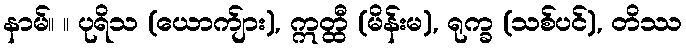
နာမ်။ ။ ပုရိသ (ယောက်ျား), ဣတ္ထီ (မိန်းမ), ရုက္ခ (သစ်ပင်), တိဿ